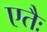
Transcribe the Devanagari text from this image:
एतैः